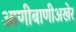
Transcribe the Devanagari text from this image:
आणीबाणीअखेर